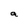
Character: a